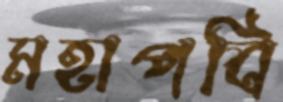
মহাপবি